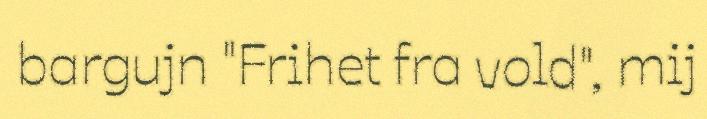
bargujn "Frihet fra vold", mij